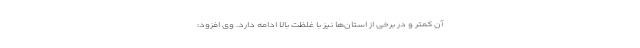
آن کمتر و در برخی از استان‌ها نیز با غلظت بالا ادامه دارد. وی افزود: